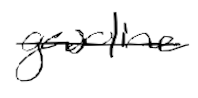
Text: gasoline
Cross-out: single-line
Writing tool: digital_black